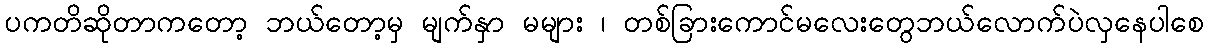
ပကတိဆိုတာကတော့ ဘယ်တော့မှ မျက်နှာ မများ ၊ တစ်ခြားကောင်မလေးတွေဘယ်လောက်ပဲလှနေပါစေ